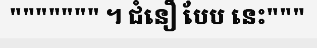
""""""" ។ ជំនឿ បែប នេះ"""